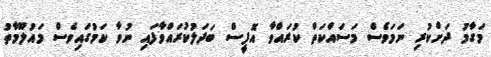
މަގާމު ދަށްކުރި ނަމަވެސް މަސައްކަތް ކުރައްވާ އޮފީސް ބަދަލުކުރައްވާފައި ނުވާ ކަމުގައިވެސް މައުލޫމާތު